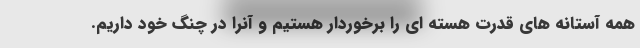
همه آستانه های قدرت هسته ای را برخوردار هستیم و آنرا در چنگ خود داریم.